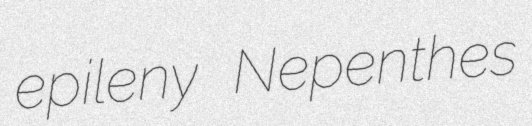
epileny Nepenthes